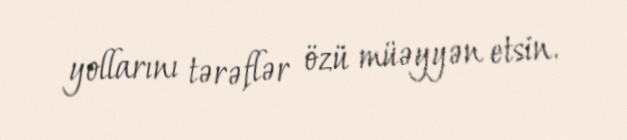
yollarını tərəflər özü müəyyən etsin.